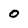
Character: 0